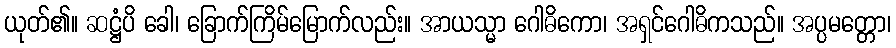
ယုတ်၏။ ဆဋ္ဌံပိ ခေါ၊ ခြောက်ကြိမ်မြောက်လည်း။ အာယသ္မာ ဂေါဓိကော၊ အရှင်ဂေါဓိကသည်။ အပ္ပမတ္တော၊